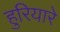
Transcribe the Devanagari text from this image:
हुरियारे